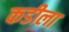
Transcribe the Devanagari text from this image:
कडीला